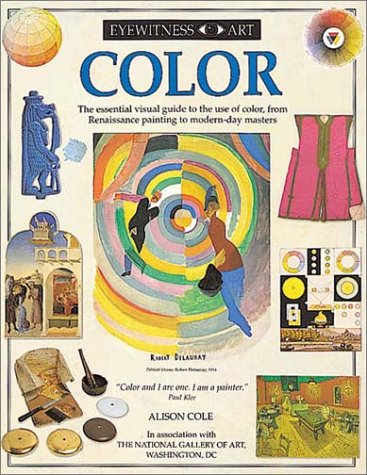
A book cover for Color (Eyewitness Art); Alison Cole; Teen & Young Adult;